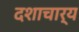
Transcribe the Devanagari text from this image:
दशाचार्य